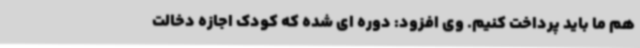
هم ما باید پرداخت کنیم. وی افزود: دوره ای شده که کودک اجازه دخالت